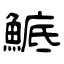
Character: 鯳